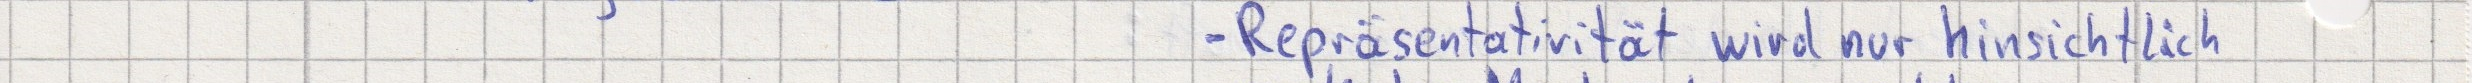
- Repräsentativität wird nur hinsichtlich